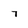
Character: 7